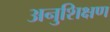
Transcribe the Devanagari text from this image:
अनुशिक्षण